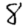
Digit: 8